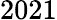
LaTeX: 2021